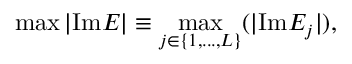
\operatorname* { m a x } | \mathrm { I m } E | \equiv \operatorname* { m a x } _ { j \in \{ 1 , . . . , L \} } ( | \mathrm { I m } E _ { j } | ) ,